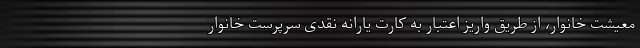
معیشت خانوار، از طریق واریز اعتبار به کارت یارانه نقدی سرپرست خانوار